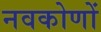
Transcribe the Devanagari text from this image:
नवकोणों